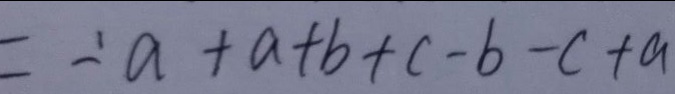
= - a + a + b + c - b - c + a